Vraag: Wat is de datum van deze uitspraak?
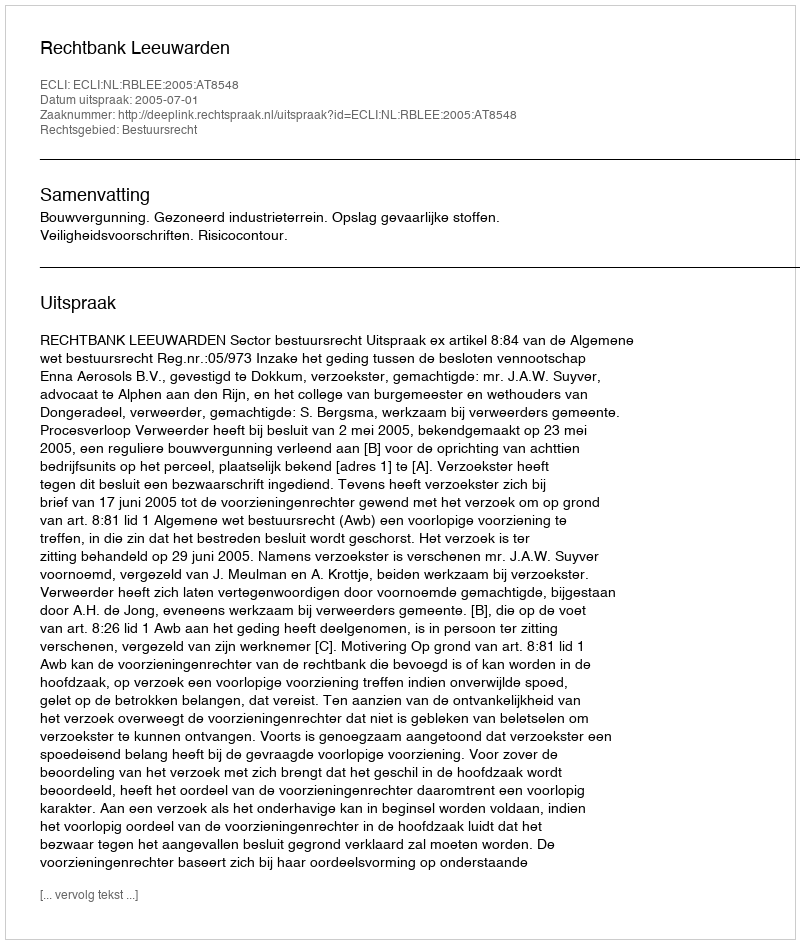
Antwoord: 2005-07-01